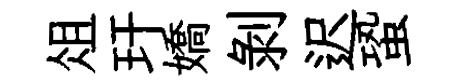
俎玕嬌剥迟蛩